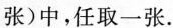
张)中，任取一张.